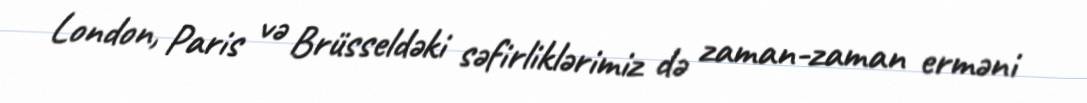
London, Paris və Brüsseldəki səfirliklərimiz də zaman-zaman erməni